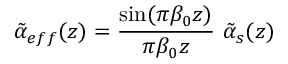
\tilde { \alpha } _ { e f f } ( z ) = { \frac { \sin ( \pi \beta _ { 0 } z ) } { \pi \beta _ { 0 } z } } \ \tilde { \alpha } _ { s } ( z )